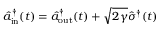
\hat { a } _ { \mathrm { i n } } ^ { \dagger } ( t ) = \hat { a } _ { \mathrm { o u t } } ^ { \dagger } ( t ) + \sqrt { 2 \gamma } \hat { \sigma } ^ { \dagger } ( t )